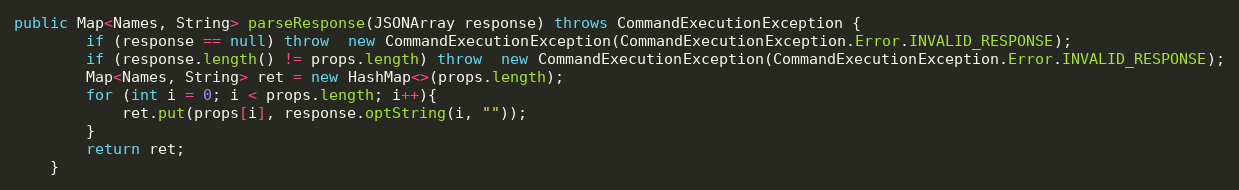
Language: Java
public Map<Names, String> parseResponse(JSONArray response) throws CommandExecutionException {
        if (response == null) throw  new CommandExecutionException(CommandExecutionException.Error.INVALID_RESPONSE);
        if (response.length() != props.length) throw  new CommandExecutionException(CommandExecutionException.Error.INVALID_RESPONSE);
        Map<Names, String> ret = new HashMap<>(props.length);
        for (int i = 0; i < props.length; i++){
            ret.put(props[i], response.optString(i, ""));
        }
        return ret;
    }